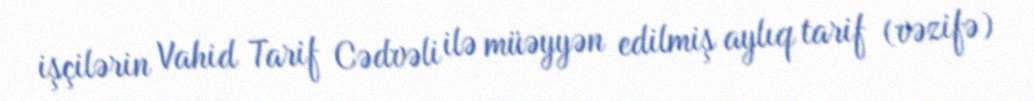
işçilərin Vahid Tarif Cədvəli ilə müəyyən edilmiş aylıq tarif (vəzifə)